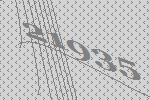
21935